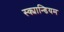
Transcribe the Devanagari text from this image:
स्क्यान्डियम